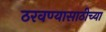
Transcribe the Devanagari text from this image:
ठरवण्यासाठीच्या